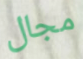
مجال